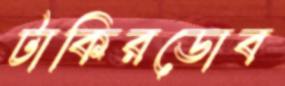
টাকিরডোব